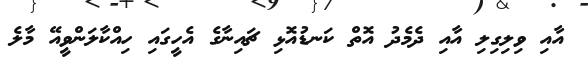
އާއި ވިލިގިލި އާއި ދެމެދު އޮތް ކަނޑުއޮޅި ޗައިނާގެ އެހީގައި ހިއްކާލަންވީއޭ މާލެ